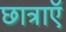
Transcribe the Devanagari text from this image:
छात्राएॅ